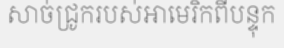
សាច់ជ្រូករបស់អាមេរិកពីបន្ទុក